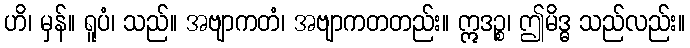
ဟိ၊ မှန်။ ရူပံ၊ သည်။ အဗျာကတံ၊ အဗျာကတတည်း။ ဣဒဉ္စ၊ ဤမိဒ္ဓ သည်လည်း။